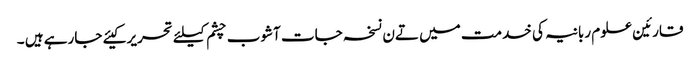
قارئین علوم ربانیہ کی خدمت میں تےن نسخہ جات آشوب چشم کیلئے تحریر کیئے جارہے ہیں ۔